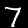
Digit: 7